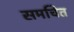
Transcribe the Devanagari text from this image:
समचित